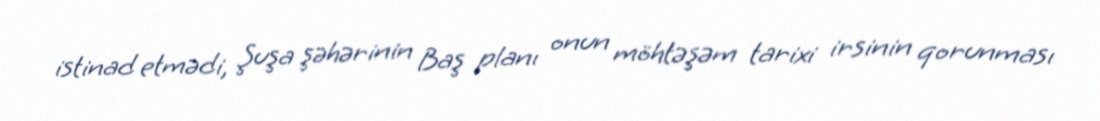
istinad etmədi, Şuşa şəhərinin Baş planı onun möhtəşəm tarixi irsinin qorunması